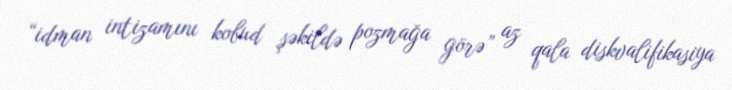
“idman intizamını kobud şəkildə pozmağa görə” az qala diskvalifikasiya